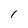
Character: I